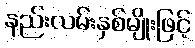
နည်းလမ်းနှစ်မျိုးဖြင့်